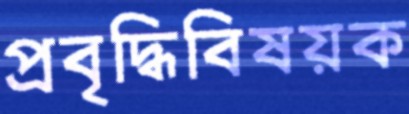
প্রবৃদ্ধিবিষয়ক